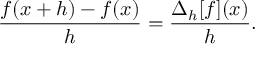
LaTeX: { \frac { f ( x + h ) - f ( x ) } { h } } = { \frac { \Delta _ { h } [ f ] ( x ) } { h } } .